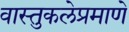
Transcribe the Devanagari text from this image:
वास्तुकलेप्रमाणे